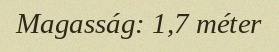
Magasság: 1,7 méter